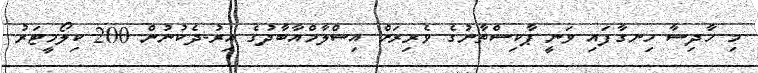
މި ހާދިސާ ހިނގާފައި ވަނީ ޕާކިސްތާނުގެ ވެރިރަށް އިސްލާމްއާބާދުގެ އިރު-ދެކުނުން 200 ކިލޯމީޓަރު